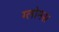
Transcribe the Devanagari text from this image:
ग्लोमस